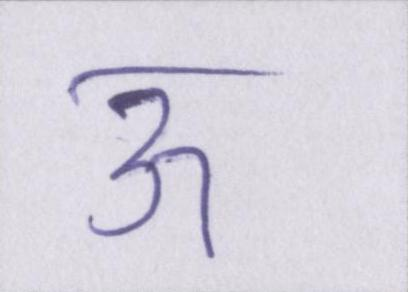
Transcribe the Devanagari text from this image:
ऊ